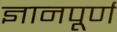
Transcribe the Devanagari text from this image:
ज्ञानपूर्ण